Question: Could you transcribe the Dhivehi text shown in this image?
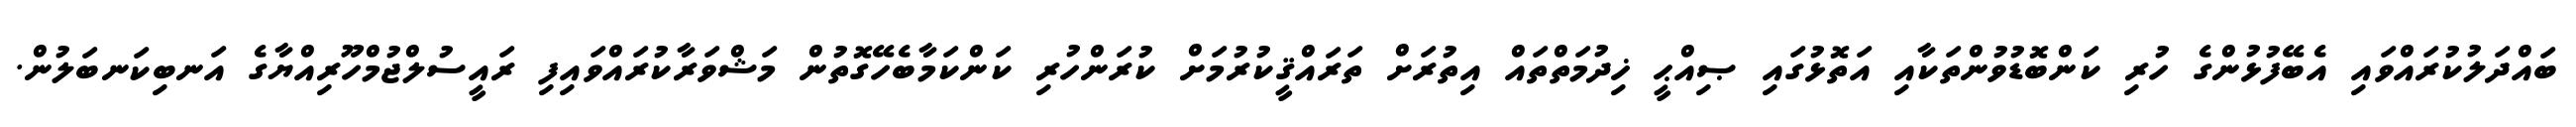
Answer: ބައްދަލުކުރައްވައި އެބޭފުޅުންގެ ހުރި ކަންބޮޑުވުންތަކާއި އަތޮޅުގައި ޞިއްޙީ ޚިދުމަތްތައް އިތުރަށް ތަރައްޤީކުރުމަށް ކުރަންހުރި ކަންކަމާބެހޭގޮތުން މަޝްވަރާކުރައްވައިފި ރައީސުލްޖުމްހޫރިއްޔާގެ އަނބިކަނބަލުން.